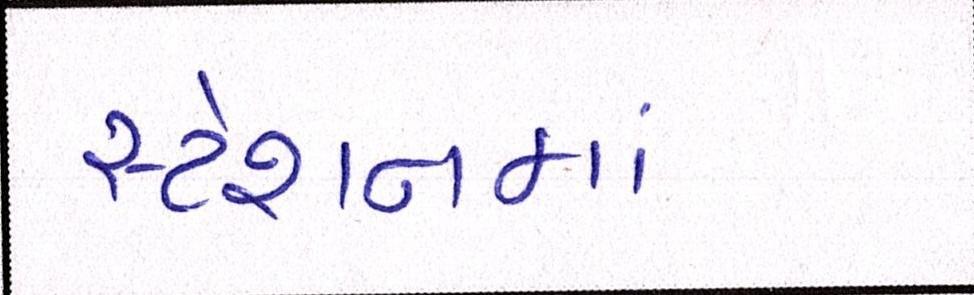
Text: સ્ટેશનમાં